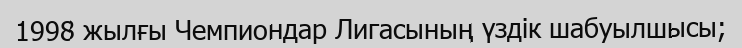
1998 жылғы Чемпиондар Лигасының үздік шабуылшысы;